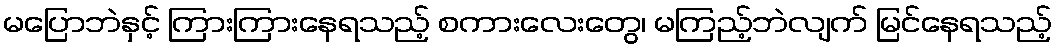
မပြောဘဲနှင့် ကြားကြားနေရသည့် စကားလေးတွေ၊ မကြည့်ဘဲလျက် မြင်နေရသည့်